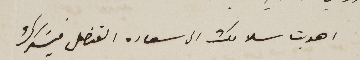
اهديت سلامك الى سعاده القنصل فيشكرك